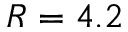
R = 4 . 2